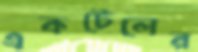
একটেলের